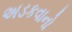
અડકવાનો